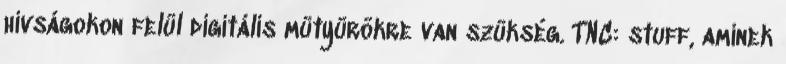
hívságokon felül digitális mütyürökre van szükség. TNC: stuff, aminek